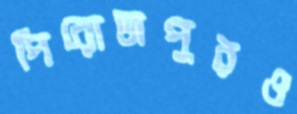
পিরোজপুরও